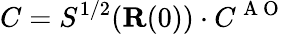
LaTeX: C=S^{1/2}({\mathbf{R}}(0))\cdot C^{\mathrm{~A~O~}}